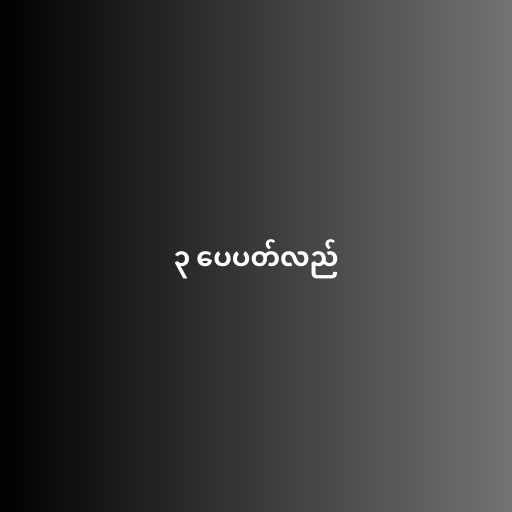
၃ ပေပတ်လည်